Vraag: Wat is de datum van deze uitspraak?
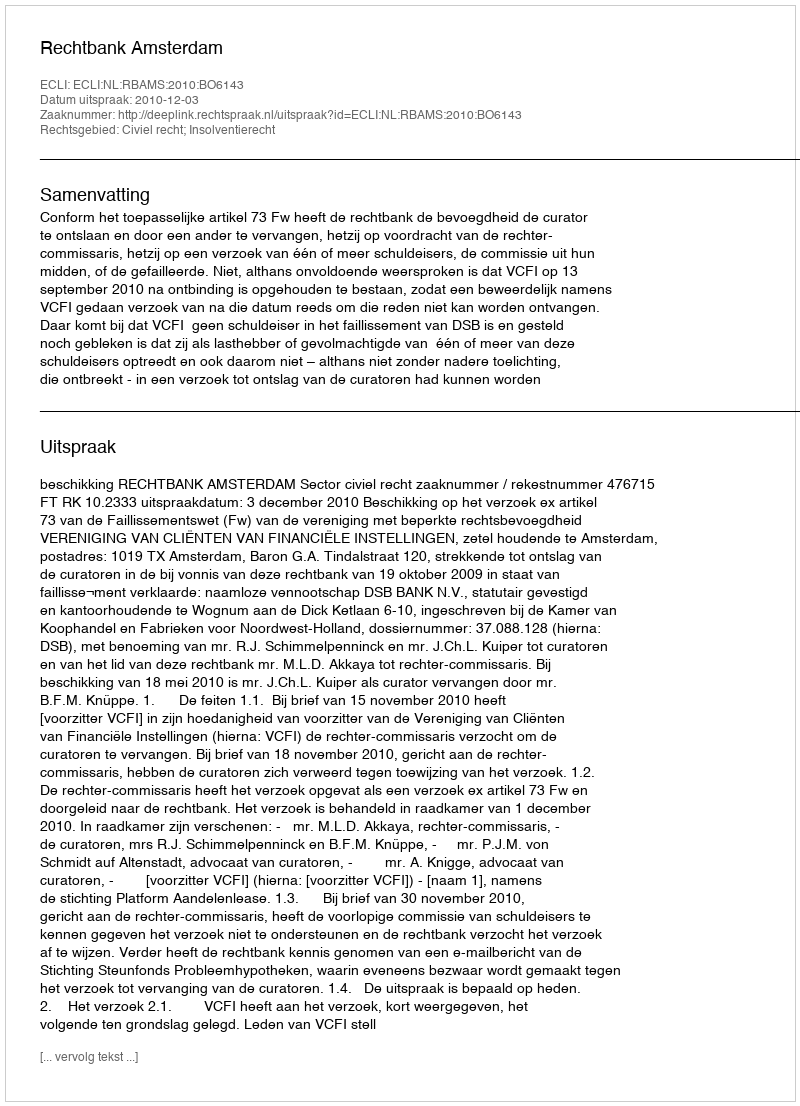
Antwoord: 2010-12-03